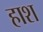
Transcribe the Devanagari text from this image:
हाश